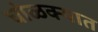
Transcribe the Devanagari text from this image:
घोळक्यात